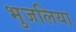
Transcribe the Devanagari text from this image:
भुजलिया